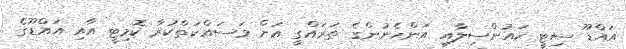
އައްޑޫ ސިޓީ ކައުންސިލާއި އަންހެނުންގެ ތަރައްގީ އަށް މަސައްކަތްކުރާ ކޮމިޓީ އާއި އައްޑޫގެ